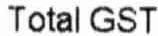
TOTAL GST